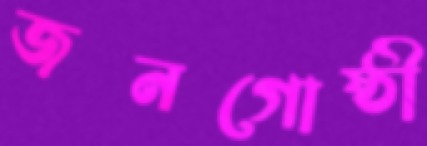
জনগোষ্ঠী